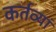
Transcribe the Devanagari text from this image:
कर्तव्यां